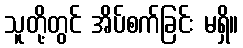
သူတို့တွင် အိပ်စက်ခြင်း မရှိ။